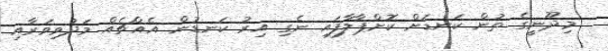
މިދޫނީގެ ތުން ކަނޑަށް ކޮށްޕާލާފައި ނެގި އިރު ކަނޑުން އެއްޗެއް މަދުވިވަރާއި